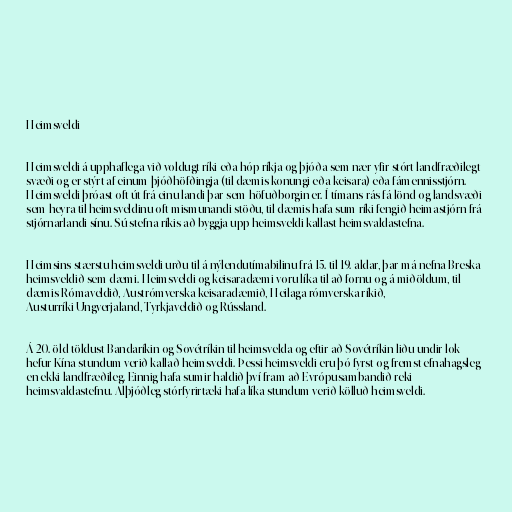
Heimsveldi

Heimsveldi á upphaflega við voldugt ríki eða hóp ríkja og þjóða sem nær yfir stórt landfræðilegt
svæði og er stýrt af einum þjóðhöfðingja (til dæmis konungi eða keisara) eða fámennisstjórn.
Heimsveldi þróast oft út frá einu landi þar sem höfuðborgin er. Í tímans rás fá lönd og landsvæði
sem heyra til heimsveldinu oft mismunandi stöðu, til dæmis hafa sum ríki fengið heimastjórn frá
stjórnarlandi sínu. Sú stefna ríkis að byggja upp heimsveldi kallast heimsvaldastefna.

Heimsins stærstu heimsveldi urðu til á nýlendutímabilinu frá 15. til 19. aldar, þar má nefna Breska
heimsveldið sem dæmi. Heimsveldi og keisaradæmi voru líka til að fornu og á miðöldum, til
dæmis Rómaveldið, Austrómverska keisaradæmið, Heilaga rómverska ríkið,
Austurríki-Ungverjaland, Tyrkjaveldið og Rússland.

Á 20. öld töldust Bandaríkin og Sovétríkin til heimsvelda og eftir að Sovétríkin liðu undir lok
hefur Kína stundum verið kallað heimsveldi. Þessi heimsveldi eru þó fyrst og fremst efnahagsleg
en ekki landfræðileg. Einnig hafa sumir haldið því fram að Evrópusambandið reki
heimsvaldastefnu. Alþjóðleg stórfyrirtæki hafa líka stundum verið kölluð heimsveldi.